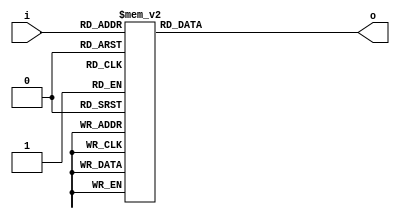
//insere no display o valor do tempo
module SEG7(output reg [6:0] o, input [2:0] i);

always @ * begin
    case(i)
        0 : o = 8'b0111111;
        1 : o = 8'b0000110;
        2 : o = 8'b1011011;
        3 : o = 8'b1001111; 
        4 : o = 8'b1100110; 
        5 : o = 8'b1101101; 
        6 : o = 8'b1111101;
        7 : o = 8'b0000111;
        8 : o = 8'b1111111; 
        9 : o = 8'b1101111; 
    endcase
end
endmodule